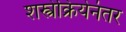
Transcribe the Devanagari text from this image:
शस्त्रेक्रियेनंतर